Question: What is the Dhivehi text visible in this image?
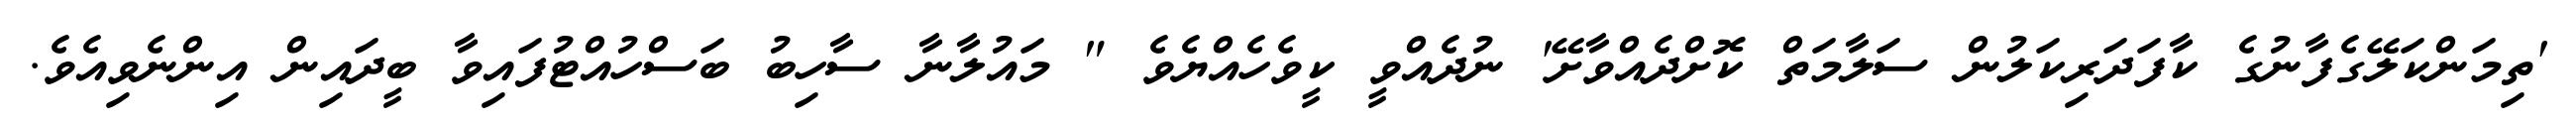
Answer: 'ތިމަންކަލޭގެފާނުގެ ކާފަދަރިކަލުން ސަލާމަތް ކޮށްދެއްވާށޭ' ނުދެއްވީ ކީވެހެއްޔެވެ " މައުލާނާ ސާހިބު ބަސްހުއްޓުފައިވާ ބީދައިން އިންނެވިއެވެ.